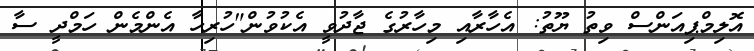
އޮލިމްޕިއަންސް ވިތު ޔޫތު: އެހާރާއި މިހާރުގެ ޖާދުވީ އެކުވުން"ހުރިހާ އެންމެން ހަމްދީ ސާ